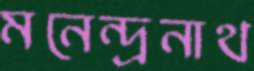
মনেন্দ্রনাথ